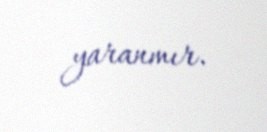
yaranmır.